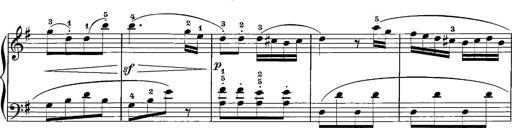
Title: 12 Sonatinas
Composer: Ignaz Pleyel